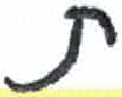
אות: ת